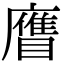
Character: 𥊹